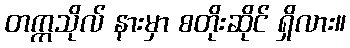
တက္ကသိုလ် နားမှာ စတိုးဆိုင် ရှိလား။